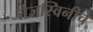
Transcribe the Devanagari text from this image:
तेजस्विनीचे